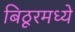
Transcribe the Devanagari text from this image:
बिठूरमध्ये